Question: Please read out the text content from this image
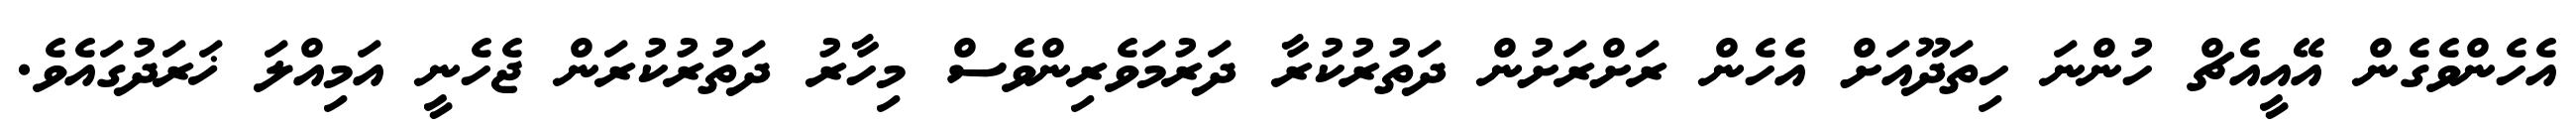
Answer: އެހެންވެގެން އޭއީއެޗް ހުންނަ ހިތަދޫއަށް އެހެން ރަށްރަށުން ދަތުރުކުރާ ދަރުމަވެރިންވެސް މިހާރު ދަތުރުކުރަން ޖެހެނީ އަމިއްލަ ޚަރަދުގައެވެ.